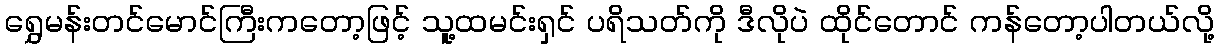
ရွှေမန်းတင်မောင်ကြီးကတော့ဖြင့် သူ့ထမင်းရှင် ပရိသတ်ကို ဒီလိုပဲ ထိုင်တောင် ကန်တော့ပါတယ်လို့